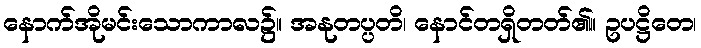
နောက်အိုမင်းသောကာလ၌။ အနုတပ္ပတိ၊ နောင်တရှိတတ်၏။ ဥပဋ္ဌိတေ၊